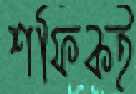
শফিকই